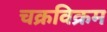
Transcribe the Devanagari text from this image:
चक्रविक्रम